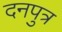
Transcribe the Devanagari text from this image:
दनपुत्र